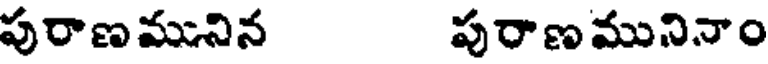
పురాణమునిన పురాణమునినాం